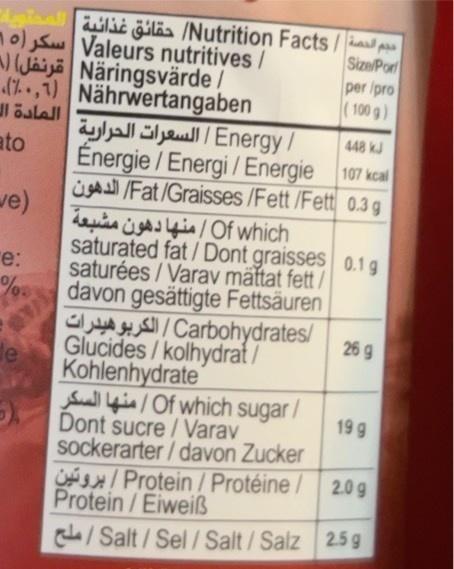
حجم الحصة | Nutrition Facts/ حقائق غذائية | المحتوية / Valeurs nutritives | سكر (۱۰ / Naringsvärde | قرنفل) (
(,1)
المادة الـ
ato
ve)
e:
%.
de
Nährwertangaben
/ Energy / السعرات الحرارية
Énergie/Energi / Energie
448 kJ
107 kcal
/Fat/Graisses /Fett/Fett 0.3g
Of which / منها دهون مشبعة
Size/Por
saturated fat/Dont graisses 0.1 g saturées/Varav mättat fett/ davon gesättigte Fettsäuren
Glucides/kolhydrat/ Kohlenhydrate
per /pro
(100 g)
/Carbohydrates / الكربوهيدرات
Dont sucre / Varav sockerarter/davon Zucker
OP/Protein / Protéine / Protein / Eiweiß
C/Salt/Sel/Salt/Salz
/ Of which sugar / منها السكر
26 g
19 g
2.0 g
25 g